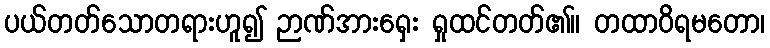
ပယ်တတ်သောတရားဟူ၍ ဉာဏ်အားရှေး ရှုထင်တတ်၏။ တထာဝိရမတော၊